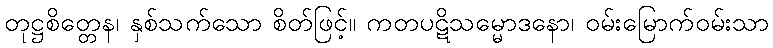
တုဋ္ဌစိတ္တေန၊ နှစ်သက်သော စိတ်ဖြင့်။ ကတပဋိသမ္မောဒနော၊ ဝမ်းမြောက်ဝမ်းသာ